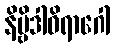
နိဗ္ဗိဒါဝိရာဂေါ